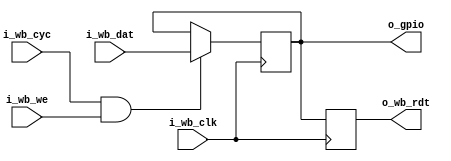
module servant_gpio
  (input wire i_wb_clk,
   input wire i_wb_dat,
   input wire i_wb_we,
   input wire i_wb_cyc,
   output reg o_wb_rdt,
   output reg o_gpio);

   always @(posedge i_wb_clk) begin
      o_wb_rdt <= o_gpio;
      if (i_wb_cyc & i_wb_we)
	o_gpio <= i_wb_dat;
   end
endmodule